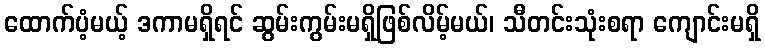
ထောက်ပံ့မယ့် ဒကာမရှိရင် ဆွမ်းကွမ်းမရှိဖြစ်လိမ့်မယ်၊ သီတင်းသုံးစရာ ကျောင်းမရှိ